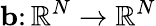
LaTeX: \mathbf{b}\colon\mathbb{R}^{N}\to\mathbb{R}^{N}